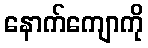
နောက်ကျောကို